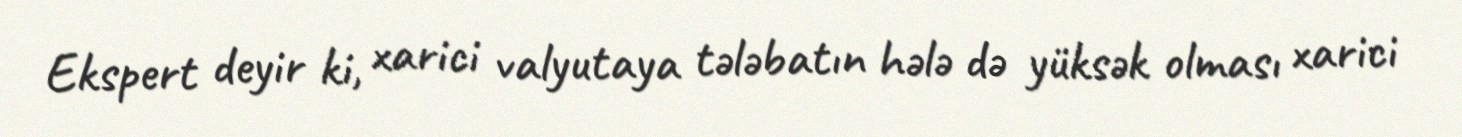
Ekspert deyir ki, xarici valyutaya tələbatın hələ də yüksək olması xarici